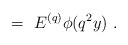
\begin{align*} \ =\ E^{(q)} \phi(q^2y) \ .\end{align*}